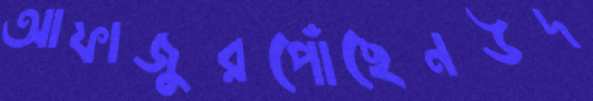
আফাজুরপোঁছেনউদ